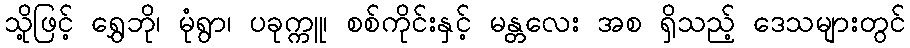
သို့ဖြင့် ရွှေဘို၊ မုံရွာ၊ ပခုက္ကူ၊ စစ်ကိုင်းနှင့် မန္တလေး အစ ရှိသည့် ဒေသများတွင်